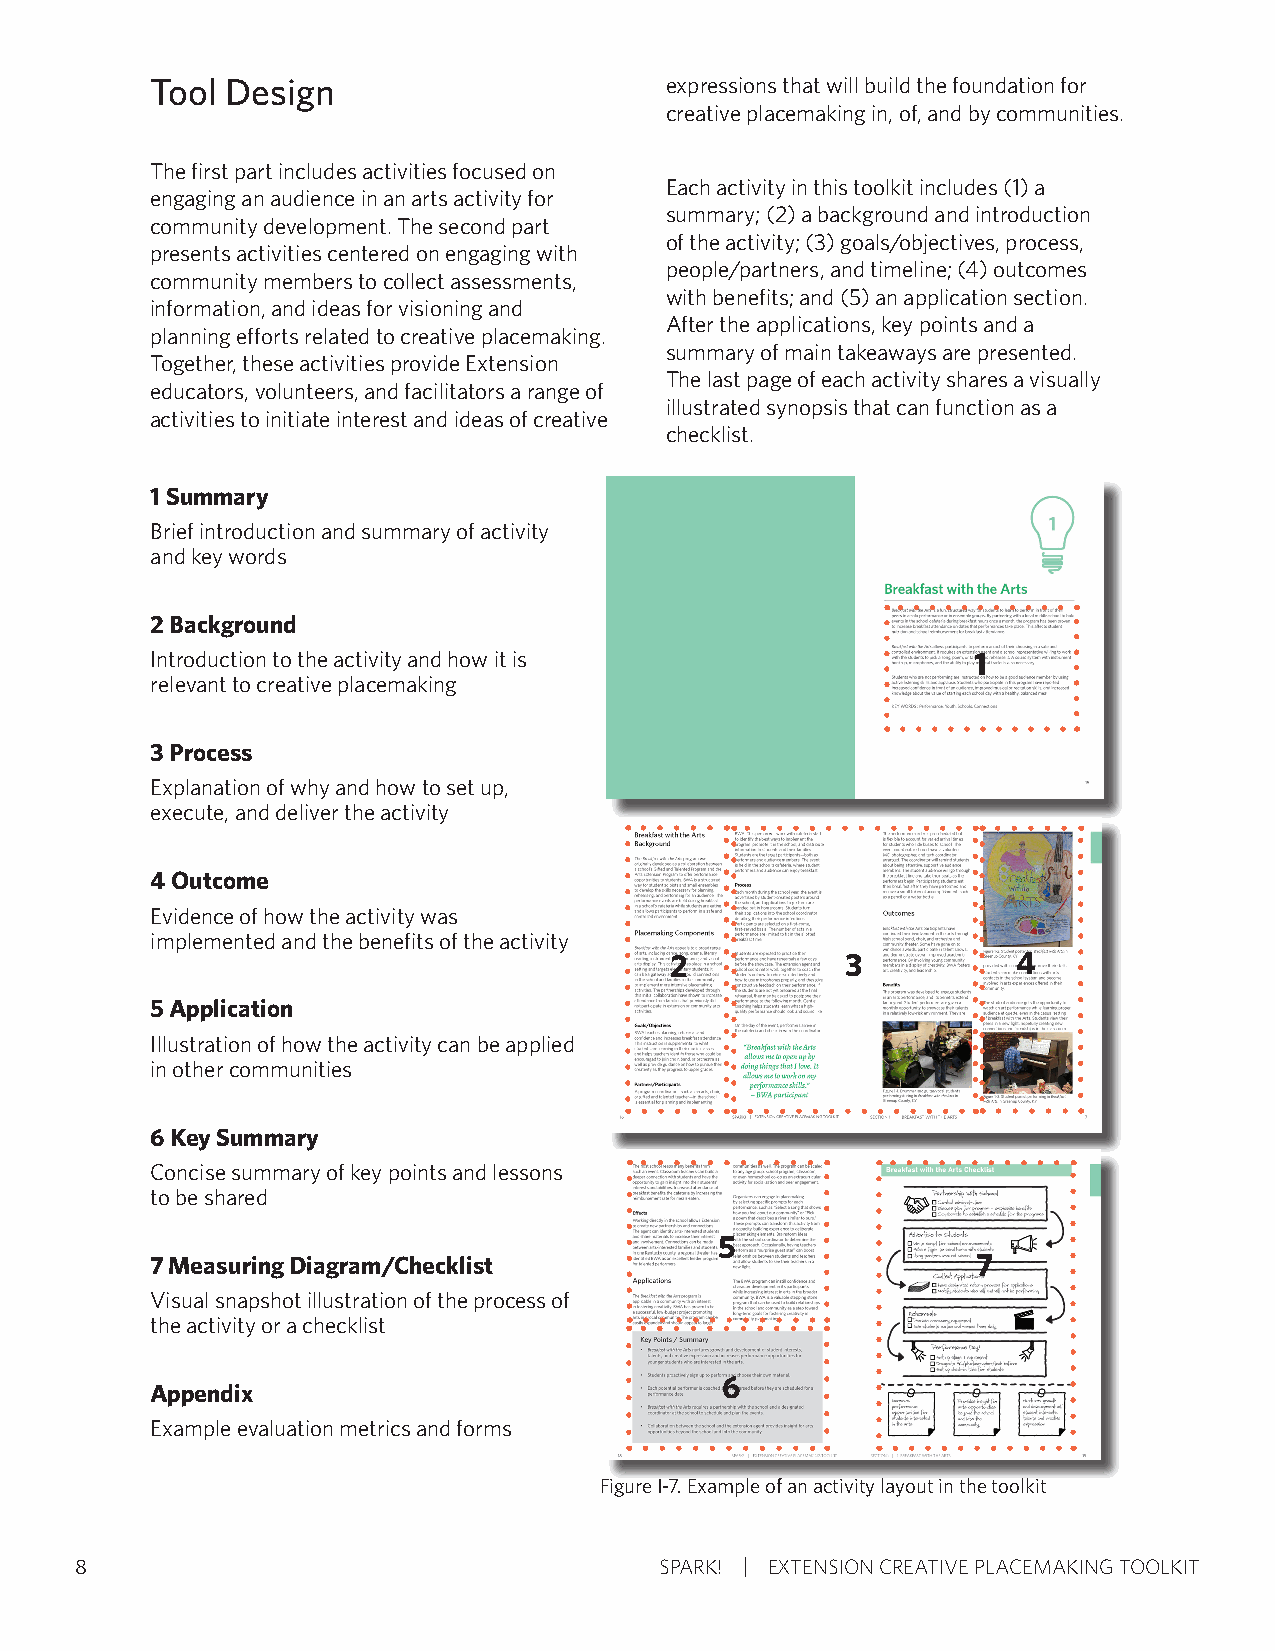
Tool Design                       expressions that will build the foundation for
 creative placemaking in, of, and by communities.
 The first part includes activities focused on
 Each activity in this toolkit includes (1) a
 engaging an audience in an arts activity for
 summary; (2) a background and introduction
 community development. The second part
 of the activity; (3) goals/objectives, process,
 presents activities centered on engaging with
 people/partners, and timeline; (4) outcomes
 community members to collect assessments,
 with benefits; and (5) an application section.
 information, and ideas for visioning and
 After the applications, key points and a
 planning efforts related to creative placemaking.
 summary of main takeaways are presented.
 Together, these activities provide Extension
 The last page of each activity shares a visually
 educators, volunteers, and facilitators a range of
 illustrated synopsis that can function as a
 activities to initiate interest and ideas of creative
 checklist.
 1 Summary
 Brief introduction and summary of activity
 and key words
 2 Background
 Introduction to the activity and how it is            1
 relevant to creative placemaking
 3 Process
 Explanation of why and how to set up,
 execute, and deliver the activity
 4 Outcome
 Evidence of how the activity was
 implemented and the benefits of the activity
 2           3          4
 5 Application
 Illustration of how the activity can be applied
 in other communities
 6 Key Summary
 Concise summary of key points and lessons
 to be shared
 5
 7 Measuring Diagram/Checklist                          7
 Visual snapshot illustration of the process of
 the activity or a checklist
 6
 Appendix
 Example evaluation metrics and forms
 Figure I-7. Example of an activity layout in the toolkit
 8                                      SPARK! EXTENSION CREATIVE PLACEMAKING TOOLKIT